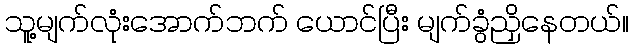
သူ့မျက်လုံးအောက်ဘက် ယောင်ပြီး မျက်ခွံညှိနေတယ်။